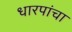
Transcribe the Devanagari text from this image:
धारपांचा